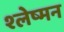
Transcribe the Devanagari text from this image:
श्‍लेष्‍मन